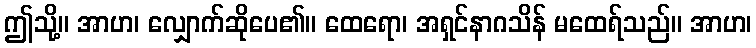
ဤသို့။ အာဟ၊ လျှောက်ဆိုပေ၏။ ထေရော၊ အရှင်နာဂသိန် မထေရ်သည်။ အာဟ၊